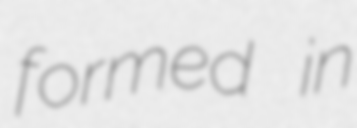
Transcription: formed in